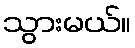
သွားမယ်။